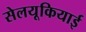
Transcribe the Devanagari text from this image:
सेलयूकियाई